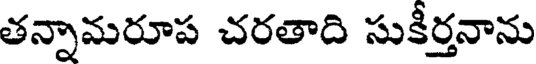
తన్నామరూప చరతాది సుకీర్తనాను